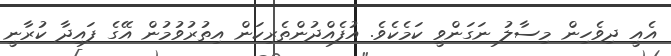
އެއީ ދިވެހިން މިސާލު ނަގަންވީ ކަމެކެވެ. އުފެއްދުންތެރިކަން އިތުރުވުމުން އޭގެ ފައިދާ ކުރާނީ